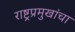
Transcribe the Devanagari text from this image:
राष्ट्रप्रमुखांचा